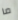
ما